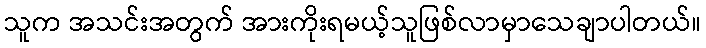
သူက အသင်းအတွက် အားကိုးရမယ့်သူဖြစ်လာမှာသေချာပါတယ်။